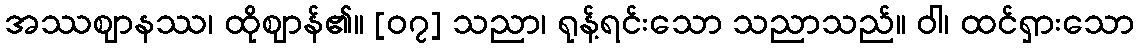
အဿဈာနဿ၊ ထိုဈာန်၏။ [၀၇] သညာ၊ ရုန့်ရင်းသော သညာသည်။ ဝါ၊ ထင်ရှားသော